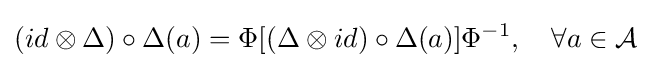
(id\otimes \Delta )\circ \Delta (a)=\Phi \lbrack (\Delta \otimes id)\circ \Delta (a)\rbrack \Phi ^{-1},\quad \forall a\in {\mathcal {A}}